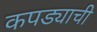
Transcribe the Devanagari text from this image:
कपड्याची